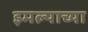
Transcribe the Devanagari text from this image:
इमल्याच्या